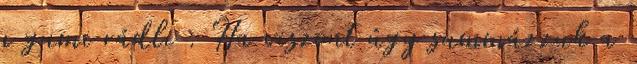
a gumi rádli . Ha viszont úgy summázzuk a